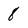
Character: 8